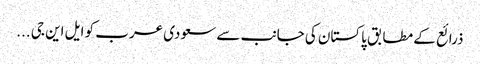
ذرائع کے مطابق پاکستان کی جانب سے سعودی عرب کو ایل این جی ...